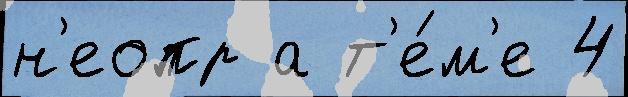
н'еопр а т'е́м'е 4